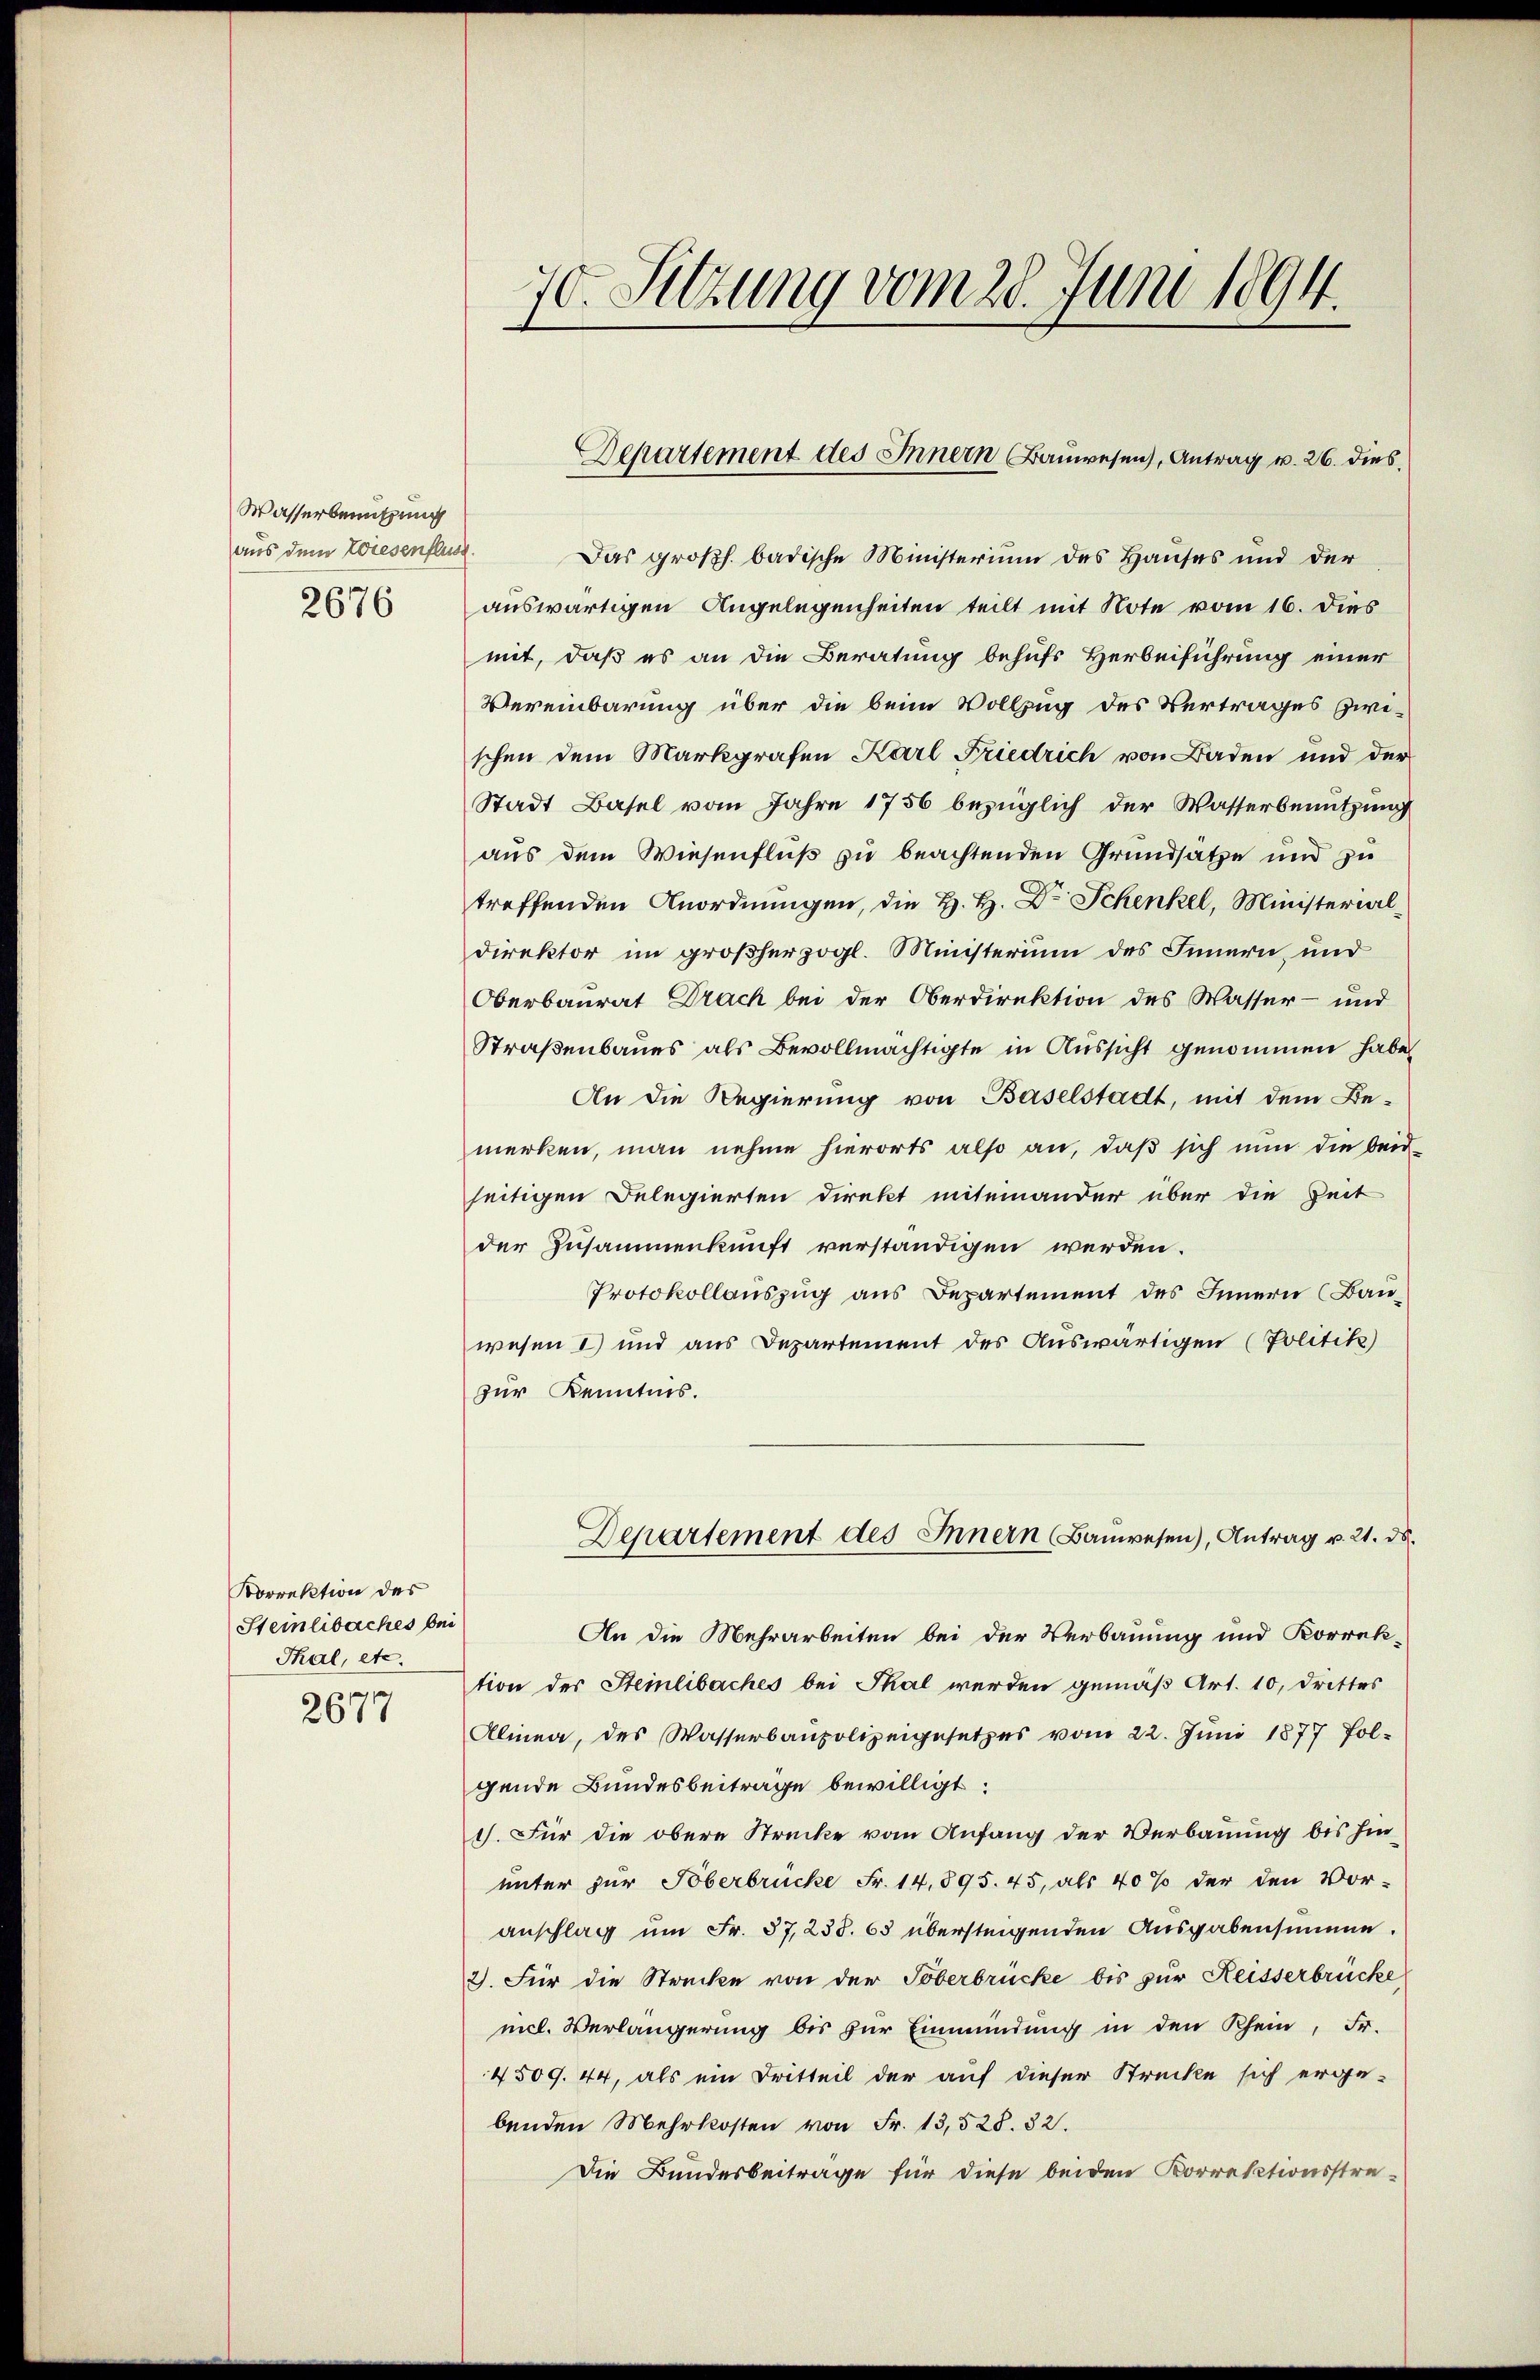
Wasserbenutzung
aus dem Wiesenfluss.
2676

Dorrektion des
Steinlibaches bei
Thal, etc.
2677

70. Sitzung vom 28. Juni 1894.

Das großh. badische Ministerium des Hauses und der
auswärtigen Angelegenheiten teilt mit Note vom 16. dies
mit, daß es an die Beratung behufs Herbeiführung einer
Vereinbarung über die beim Vollzug des Vertrages zwischen dem Markgrafen Karl Friedrich von Baden und der
Stadt Basel vom Jahre 1756 bezüglich der Wasserbenutzung
aus dem Wiesenfluß zu beachtenden Grundsatze und zu
treffenden Anordnungen, die H. H. Dr Schenkel, Ministerialdirektor im großherzogl. Ministerium des Innern, und
Oberbaurat Drach bei der Oberdirektion des Wasser- und
Straßenbaues als Bevollmächtigte in Aussicht genommen habe,
An die Regierung von Baselstadt, mit dem Be-
merken, man nehme hierorts also an, daß sich nun die beid-
seitigen Delegierten direkt miteinander über die Zeit
der Zusammenkunft verständigen werden.
Protokollauszug aus Departement des Innern (Banwesen 1) und aus Departement des Auswärtigen (Politik)
zur Kenntnis.
Departement des Innern Bauwesen), Antrag v. 21. ds.
An die Mehrarbeiten bei der Verbauung und Korrek-
tion der Steinlibaches bei Skal werden gemäß Art. 10, drittes
Alinea, des Wasserbaupolizeigesetzes vom 22. Juni 1877 fol-
gende Bundesbeiträge bewilligt:
I. Für die obere Strecke vom Anfang der Verbauung bis hinunter zur Toberbrücke Fr. 14,895. 45, als 40% der den Vor-
anschlag um Fr. 37,238. 63 übersteigenden Ausgabensumme.
2). Für die Strecke von der Toberbrücke bis zur Reisserbrücke
nicl. Verlängerung bis zur Einmündung in den Rhein, Fr.
4509. 44, als ein Dritteil der auf dieser Strecke sich erge-
benden Mehrkosten von Fr. 13,528. 32.
Die Bundesbeitrage für diese beiden Korrektionsstre¬

Departement des Innern Bauwesen, Antrag v. 26. dies